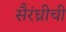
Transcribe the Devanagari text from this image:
सैरंध्रीची